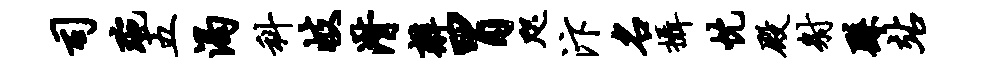
司琬五渴科岐潸辫胃咫汴名摄忱殿射繇站